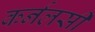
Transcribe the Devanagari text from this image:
कर्नलसी